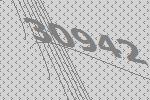
30942